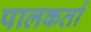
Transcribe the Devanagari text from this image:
पालकर्ता